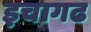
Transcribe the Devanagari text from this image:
इचागढ